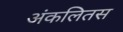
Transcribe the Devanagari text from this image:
अंकलितस